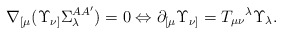
\begin{align*}\nabla _{\lbrack \mu }(\Upsilon _{\nu ]}\Sigma _{\lambda }^{AA^{\prime}})=0\Leftrightarrow \partial _{\lbrack \mu }\Upsilon _{\nu ]}=T_{\mu \nu}{}^{\lambda }\Upsilon _{\lambda }. \end{align*}